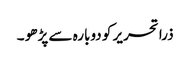
ذرا تحریر کو دوبارہ سے پڑھو ۔